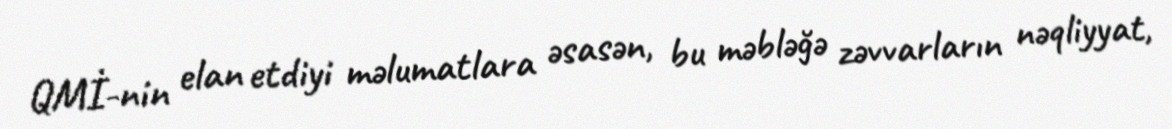
QMİ-nin elan etdiyi məlumatlara əsasən, bu məbləğə zəvvarların nəqliyyat,